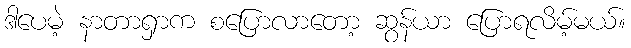
ဒါပေမဲ့ နာတာရှာက စပြောလာတော့ ဆွန်ယာ ပြောရလိမ့်မယ်။